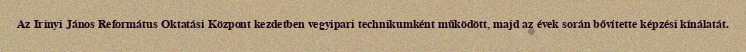
Az Irinyi János Református Oktatási Központ kezdetben vegyipari technikumként működött, majd az évek során bővítette képzési kínálatát.